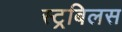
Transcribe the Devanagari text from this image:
स्ट्रबिलस